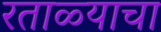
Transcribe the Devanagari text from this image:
रताळ्याचा